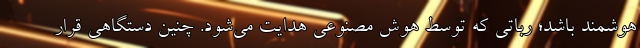
هوشمند باشد؛ رباتی که توسط هوش مصنوعی هدایت می‌شود. چنین دستگاهی قرار